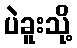
ပဲခူးသို့